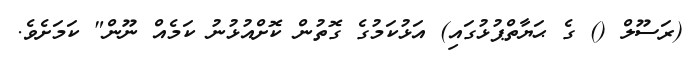
(ރަސޫލް () ގެ ޙަޔާތްޕުޅުގައި) އަޅުކަމުގެ ގޮތުން ކޮށްއުޅުނު ކަމެއް ނޫން" ކަމަށެވެ.